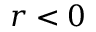
r < 0